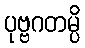
ပုဗ္ဗဂတမ္ပိ